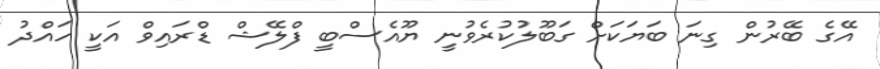
އޭގެ ބޭރުން ގިނަ ބަޔަކަށް ގަބޫލުކުރެވުނީ ޔޫއެސްބީ ފްލޭޝް ޑްރައިވް އަކީ ހައްދު